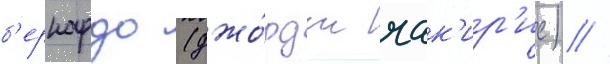
б'ернардо (джо́рдж чак'ир'ис) //